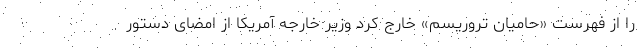
را از فهرست «حامیان تروریسم» خارج کرد وزیر خارجه آمریکا از امضای دستور